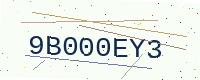
Text: 9B000EY3